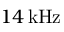
1 4 \, \mathrm { k H z }